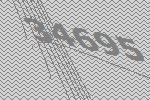
34695